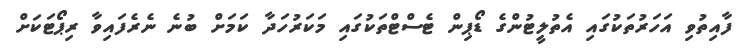
ފާއިތުވި އަހަރުތަކުގައި އެތުލީޓުންގެ ޑޯޕިން ޓެސްޓްތަކުގައި މަކަރުހަދާ ކަމަށް ބުނެ ނެރެފައިވާ ރިޕޯޓަކަށް